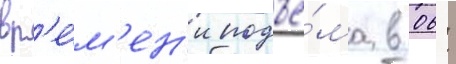
вр'е́м'ен'и подъё́ма в 06: